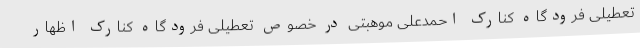
تعطیلی فرودگاه کنارک احمدعلی موهبتی در خصوص تعطیلی فرودگاه کنارک اظهار